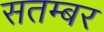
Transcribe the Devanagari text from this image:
सतम्बर